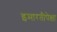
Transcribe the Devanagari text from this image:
इमारतीपेक्षा